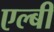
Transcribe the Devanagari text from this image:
एल्बी